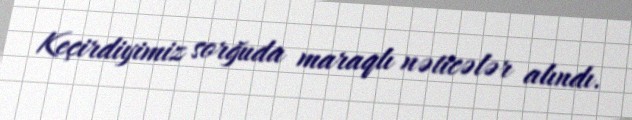
Keçirdiyimiz sorğuda maraqlı nəticələr alındı.